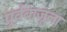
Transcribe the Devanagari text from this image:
पूर्वबाजूला